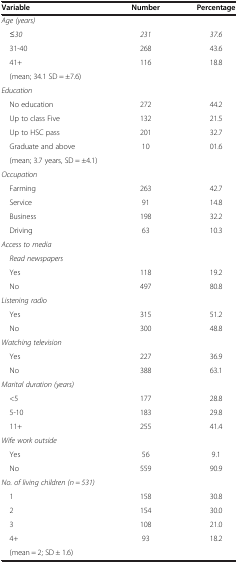
<table><thead><tr><td><b>Variable</b></td><td><b>Number</b></td><td><b>Percentage</b></td></tr></thead><tbody><tr><td><i>Age (years)</i></td><td> </td><td> </td></tr><tr><td> <i>≤30</i></td><td><i>231</i></td><td><i>37.6</i></td></tr><tr><td> 31-40</td><td>268</td><td>43.6</td></tr><tr><td> 41+</td><td>116</td><td>18.8</td></tr><tr><td> (mean; 34.1 SD = ±7.6)</td><td> </td><td> </td></tr><tr><td><i>Education</i></td><td> </td><td> </td></tr><tr><td> No education</td><td>272</td><td>44.2</td></tr><tr><td> Up to class Five</td><td>132</td><td>21.5</td></tr><tr><td> Up to HSC pass</td><td>201</td><td>32.7</td></tr><tr><td> Graduate and above</td><td>10</td><td>01.6</td></tr><tr><td colspan="3"> (mean; 3.7 years, SD = ±4.1)</td></tr><tr><td><i>Occupation</i></td><td> </td><td> </td></tr><tr><td> Farming</td><td>263</td><td>42.7</td></tr><tr><td> Service</td><td>91</td><td>14.8</td></tr><tr><td> Business</td><td>198</td><td>32.2</td></tr><tr><td> Driving</td><td>63</td><td>10.3</td></tr><tr><td><i>Access to media</i></td><td> </td><td> </td></tr><tr><td> <i>Read newspapers</i></td><td> </td><td> </td></tr><tr><td> Yes</td><td>118</td><td>19.2</td></tr><tr><td> No</td><td>497</td><td>80.8</td></tr><tr><td><i>Listening radio</i></td><td> </td><td> </td></tr><tr><td> Yes</td><td>315</td><td>51.2</td></tr><tr><td> No</td><td>300</td><td>48.8</td></tr><tr><td><i>Watching television</i></td><td> </td><td> </td></tr><tr><td> Yes</td><td>227</td><td>36.9</td></tr><tr><td> No</td><td>388</td><td>63.1</td></tr><tr><td><i>Marital duration (years)</i></td><td> </td><td> </td></tr><tr><td> &lt;5</td><td>177</td><td>28.8</td></tr><tr><td> 5-10</td><td>183</td><td>29.8</td></tr><tr><td> 11+</td><td>255</td><td>41.4</td></tr><tr><td><i>Wife work outside</i></td><td> </td><td> </td></tr><tr><td> Yes</td><td>56</td><td>9.1</td></tr><tr><td> No</td><td>559</td><td>90.9</td></tr><tr><td><i>No. of living children (n = 531)</i></td><td> </td><td> </td></tr><tr><td> 1</td><td>158</td><td>30.8</td></tr><tr><td> 2</td><td>154</td><td>30.0</td></tr><tr><td> 3</td><td>108</td><td>21.0</td></tr><tr><td> 4+</td><td>93</td><td>18.2</td></tr><tr><td> (mean = 2; SD ± 1.6)</td><td> </td><td> </td></tr></tbody></table>